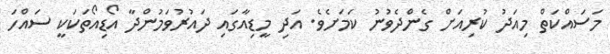
މަސައްކަތް މިއަދު ކުރިއަށް ގެންދެވުނު ކަމަށެވެ. އަދި މީޑިއާގައި ދައުރުވަމުންދާ އޯޑިއޯތަކަކީ ސައްހަ